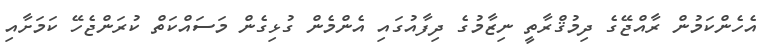
އެހެންކަމުން ރާއްޖޭގެ ދިމުޤްރާތީ ނިޒާމުގެ ދިފާއުގައި އެންމެން ގުޅިގެން މަސައްކަތް ކުރަންޖެހޭ ކަމަށާއި